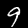
Digit: 9